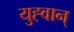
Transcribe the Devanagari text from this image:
युह्वान्